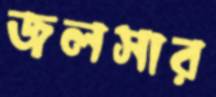
জলসার